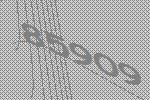
85909